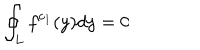
\oint _ { L } f ^ { c _ { 1 } } ( y ) d y = 0